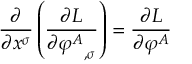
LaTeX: { \frac { \partial } { \partial x ^ { \sigma } } } \left( { \frac { \partial L } { \partial { \varphi ^ { A } } _ { , \sigma } } } \right) = { \frac { \partial L } { \partial \varphi ^ { A } } }